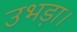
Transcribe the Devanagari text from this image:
उभड़ा।